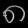
Digit: ၈